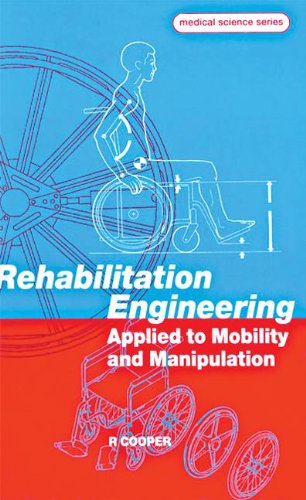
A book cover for Rehabilitation Engineering Applied to Mobility and Manipulation (Series in Medical Physics and Biomedical Engineering); Rory A Cooper; Medical Books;